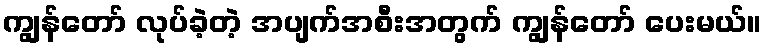
ကျွန်တော် လုပ်ခဲ့တဲ့ အပျက်အစီးအတွက် ကျွန်တော် ပေးမယ်။